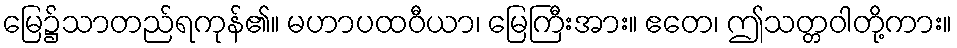
မြေ၌သာတည်ရကုန်၏။ မဟာပထဝီယာ၊ မြေကြီးအား။ ဧတေ၊ ဤသတ္တဝါတို့ကား။